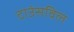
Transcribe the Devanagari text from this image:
टाउंसविल